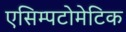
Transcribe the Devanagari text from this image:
एसिम्पटोमेटिक